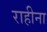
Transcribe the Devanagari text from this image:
राहीना